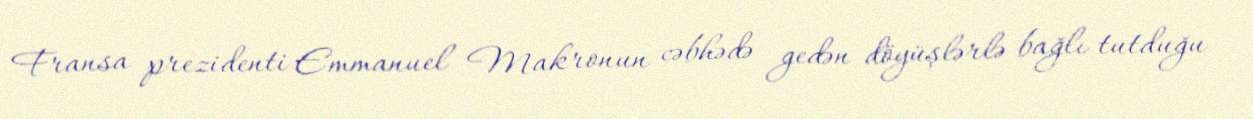
Fransa prezidenti Emmanuel Makronun cəbhədə gedən döyüşlərlə bağlı tutduğu